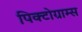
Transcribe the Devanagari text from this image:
पिक्टोग्राम्स